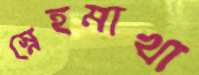
স্নেহমাখা